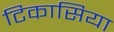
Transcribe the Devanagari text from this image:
टिकासिया